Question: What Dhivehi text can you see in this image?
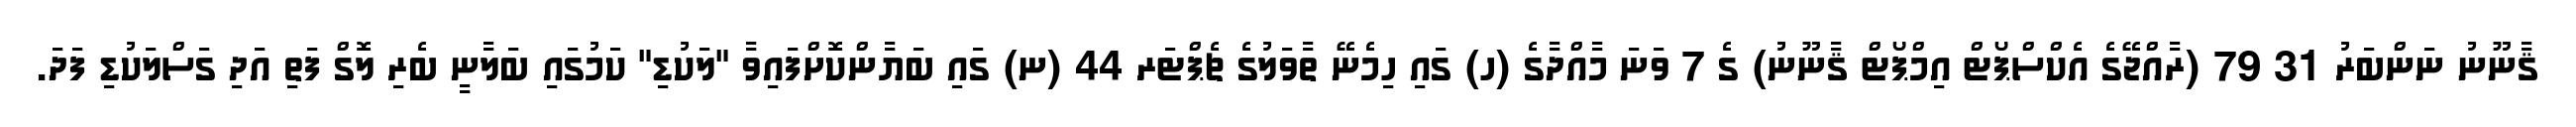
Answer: ޤާނޫނު ނަންބަރު 31 79 (ރާއްޖޭގެ އެކްސްޕޯޓް އިމްޕޯޓް ޤާނޫނު) ގެ 7 ވަނަ މާއްދާގެ (ހ) ގައި ހިމެނޭ ތާވަލުގެ ޗެޕްޓަރ 44 (ނ) ގައި ބަޔާންކޮށްފައިވާ "ލަކުޑި" ކަމުގައި ބަލާނީ ބެރި ލޮގް ފަތި އަދި ގަސްލަކުޑި ފަދަ.